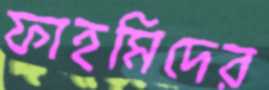
ফাহমিদের